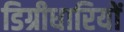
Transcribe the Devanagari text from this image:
डिग्रीधारियों